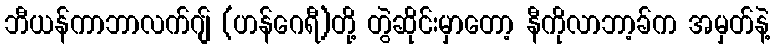
ဘီယန်ကာဘာလက်ဂျ် (ဟန်ဂေရီ)တို့ တွဲဆိုင်းမှာတော့ နီကိုလာဘာ့ခ်က အမှတ်နဲ့